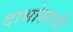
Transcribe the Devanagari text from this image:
दाभोसाची